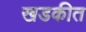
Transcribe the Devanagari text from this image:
खडकीत